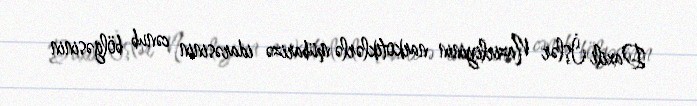
Daxili İşlər Nazirliyinin narkotiklərlə mübarizə idarəsinin cənub bölgəsinin